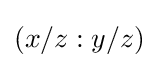
(x/z:y/z)